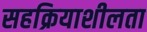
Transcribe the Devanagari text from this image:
सहक्रियाशीलता